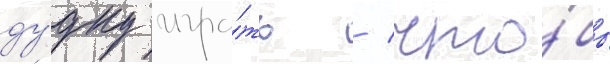
ду́дку игра́ть / что́бы